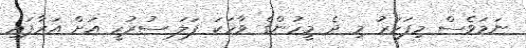
ނަމަވެސް މިފަހަރު މި ދެ މީހުންގެ ވާހަކަ ފަލަ ސުރުހީ އަށް އަރާފައި